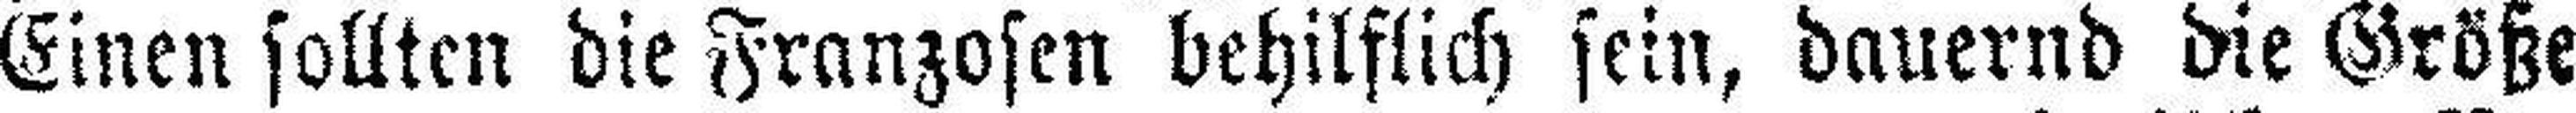
Einen sollten die Franzosen behilflich sein, dauernd die Größe